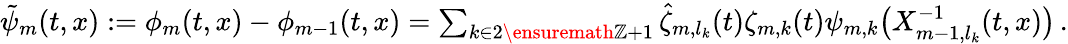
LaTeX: \begin{array}{r}{\tilde{\psi}_{m}(t,x):=\phi_{m}(t,x)-\phi_{m-1}(t,x)=\sum_{k\in 2\ensuremath{\mathbb{Z}}+1}\hat{\zeta}_{m,l_{k}}(t)\zeta_{m,k}(t)\psi_{m,k}\bigl(X_{m-1,l_{k}}^{-1}(t,x)\bigr)\, .}\end{array}